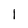
Character: l